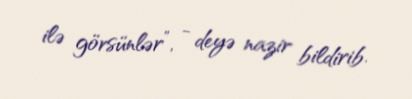
ilə görsünlər”, - deyə nazir bildirib.